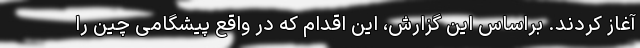
آغاز کردند. براساس این گزارش، این اقدام که در واقع پیشگامی چین را